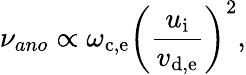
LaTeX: \nu_{ano}\propto\omega_{\mathrm{c,e}}\bigg(\frac{u_{\mathrm{i}}}{v_{\mathrm{d,e}}}\bigg)^{2},